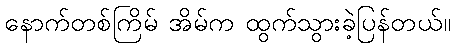
နောက်တစ်ကြိမ် အိမ်က ထွက်သွားခဲ့ပြန်တယ်။